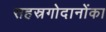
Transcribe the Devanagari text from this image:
सहस्रगोदानोंका